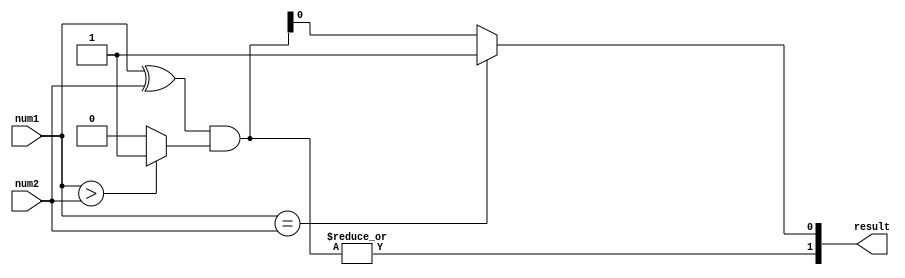
module magnitude_comparator (
    input [7:0] num1,
    input [7:0] num2,
    output [1:0] result
);

wire [7:0] xor_result;
wire [7:0] and_result;

assign xor_result = num1 ^ num2;
assign and_result = xor_result & ((num1 > num2) ? 1'b1 : 1'b0);

assign result[1] = |and_result;
assign result[0] = num1 == num2 ? 2'b01 : and_result;

endmodule